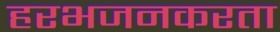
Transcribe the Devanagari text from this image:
हरभजनकरता